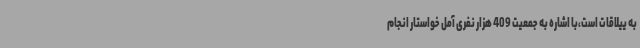
به ییلاقات است،با اشاره به جمعیت 409 هزار نفری آمل خواستار انجام